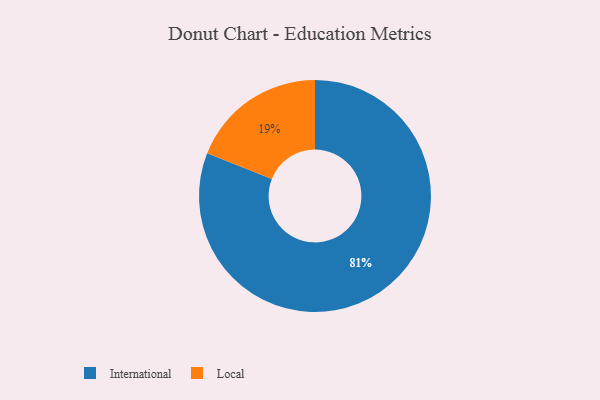
{"axis": {"x": "Category", "y": "Percentage"}, "legend": ["International", "Local"], "data": [{"x": "Local", "y": 19, "type": "Local"}, {"x": "International", "y": 81, "type": "International"}]}